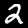
Label: 2